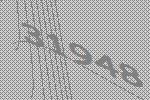
31948